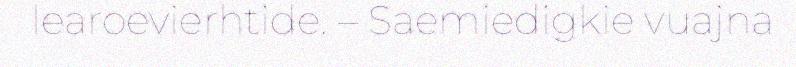
learoevierhtide. – Saemiedigkie vuajna